Indian journal of veterinary science and animal husbandry - Volumes 24-25, 1954-1955
Year: 1954
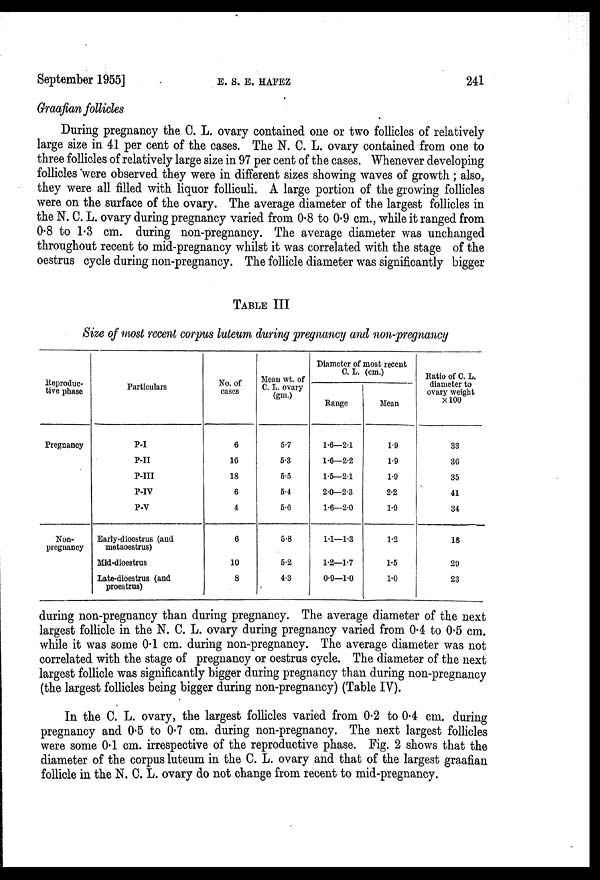
September 1955]
E.
S.
E.
HAFEZ
241
Graafian follicles
During pregnancy the C. L. ovary contained one or two follicles of relatively
large size in 41 per cent of the cases. The N. C. L. ovary contained from one to
three follicles of relatively large size in 97 per cent of the cases. Whenever developing
follicles were observed they were in different sizes showing waves of growth; also,
they were all filled with liquor folliculi. A large portion of the growing follicles
were on the surface of the ovary. The average diameter of the largest follicles in
the N. C. L. ovary during pregnancy varied from 0.8 to 0.9 cm., while it ranged from
0.8 to 1.3 cm. during non-pregnancy. The average diameter was unchanged
throughout recent to mid-pregnancy whilst it was correlated with the stage of the
oestrus cycle during non-pregnancy. The follicle diameter was significantly bigger
TABLE III
Size of most recent corpus luteum during pregnancy and non-pregnancy
Reproduc-
tive phase
Pregnancy
Non-
pregnancy
Particulars
P-I
P-II
P-III
P-IV
P-V
Early-dioestrus (and
metaoestrus)
Mid-dioestrus
Late-dioestrus (and
proestrus)
No. of
cases
6
16
18
6
4
6
10
8
Mean wt. of
C. L. ovary
(gm.)
5.7
5.3
5.5
5.4
5.6
5.8
6.2
4.3
Diameter of most recent
C. L. (cm.)
Range
1.6—2.1
1.6—2.2
1.5—2.1
2.0—2.3
1.6—2.0
1.1—1.3
1.2—1.7
0.9—1.0
Mean
1.9
1.9
1.9
2.2
1.9
1.2
1.5
1.0
Ratio of C. L.
diameter to
ovary weight
×100
33
36
35
41
34
18
29
23
during non-pregnancy than during pregnancy. The average diameter of the next
largest follicle in the N. C. L. ovary during pregnancy varied from 0.4 to 0.5 cm.
while it was some 0.1 cm. during non-pregnancy. The average diameter was not
correlated with the stage of pregnancy or oestrus cycle. The diameter of the next
largest follicle was significantly bigger during pregnancy than during non-pregnancy
(the largest follicles being bigger during non-pregnancy) (Table IV).
In the C. L. ovary, the largest follicles varied from 0.2 to 0.4 cm. during
pregnancy and 0.5 to 0.7 cm. during non-pregnancy. The next largest follicles
were some 0.1 cm. irrespective of the reproductive phase. Fig. 2 shows that the
diameter of the corpus luteum in the C. L. ovary and that of the largest graafian
follicle in the N. C. L. ovary do not change from recent to mid-pregnancy.